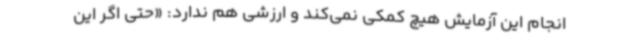
انجام این آزمایش هیچ کمکی نمی‌کند و ارزشی هم ندارد: «حتی اگر این